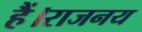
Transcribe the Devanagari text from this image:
हैं।राजनय